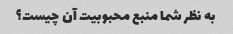
به نظر شما منبع محبوبیت آن چیست؟